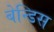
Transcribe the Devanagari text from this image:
बेन्डिस